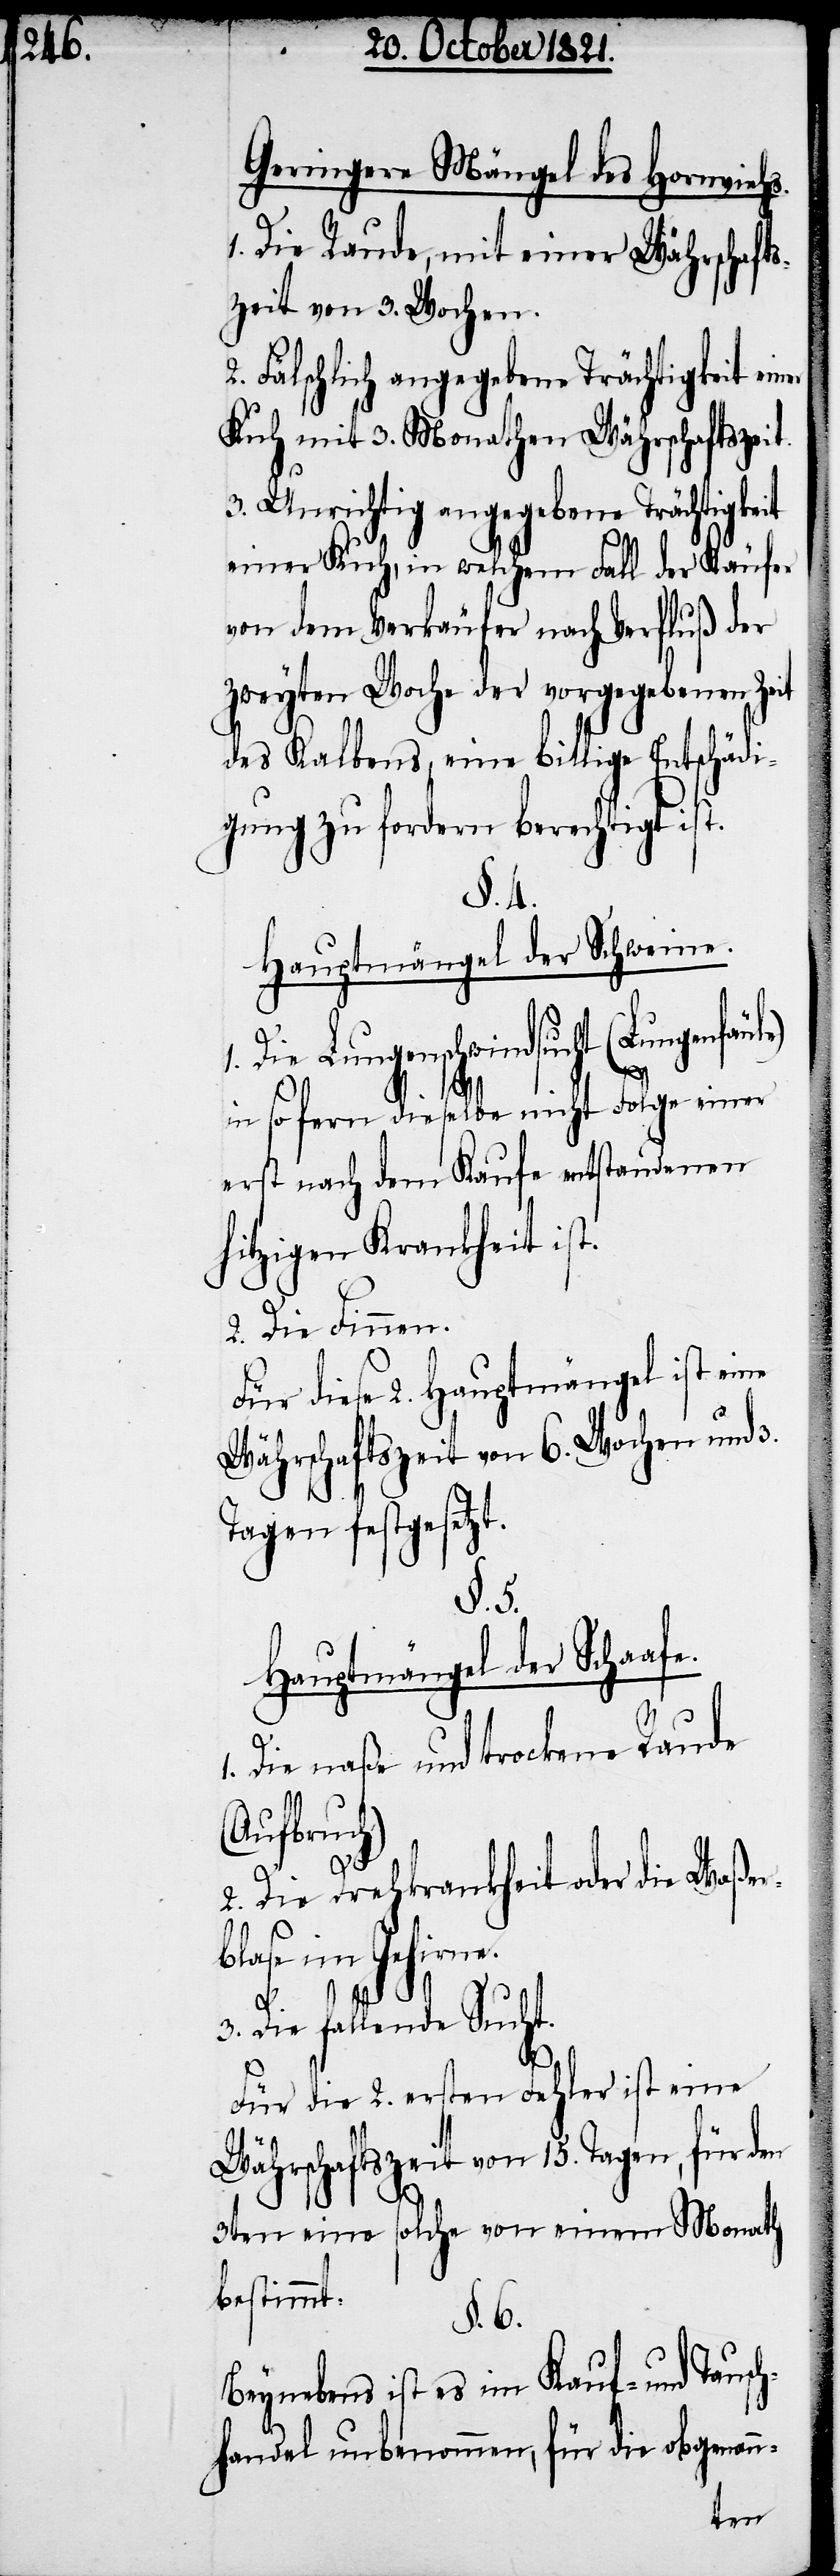
Geringere Mängel des Hornviehs.
1. Die Raude, mit einer Währschafts¬
zeit von 3. Wochen.
Fälschlich angegebene Trächtigkeit ein¬
Kuh mit 3. Monathen Währschaftszeit.
3. Unrichtig angegebene Trächtigkeit
einer Kuh, in welchem Fall der Käufer
von dem Verkäufer nach Verfluß der
zweyten Woche der vorgegebenen Zeit
des Kalbens eine billige Entschädi¬
gung zu fordern berechtigt ist.
§. 4.
Hauptmängel der Schweine.
Die Lungenschwindsucht (Lungenfäul¬
n-
in sofern dieselbe nicht Folge einer
erst nach dem Kaufe entstandenen
hitzigen Krankheit ist.
2. Die Sinnen.
Für diese 2. Hauptmängel ist ei¬
Währschaftszeit von 6. Wochen und
Tagen festgesetzt.
§. 5.
Hauptmängel der Schaafe.
Die naße und trockene Raude
(Aufbruch)
1.
2. Die Drehkrankheit oder die Waßer¬
blase im Gehirne.
3. Die fallende Sucht.
Für die 2. ersten Fehler ist eine
Währschaftszeit von 15. Tagen, für den
3ten eine solche von einem Monath
bestimmt.
§. 6.
Beynebens ist es im Kauf- und Tausc¬
hhandel unbenommen, für die obgenan¬
er